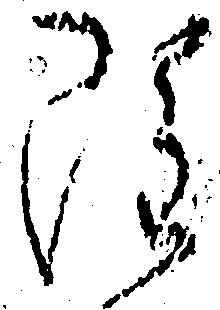
雖